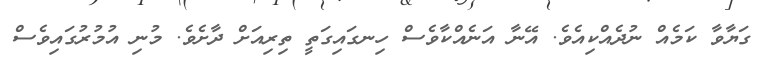
ގަޔާވާ ކަމެއް ނުދެއްކިއެވެ. އޭނާ އަނެއްކާވެސް ހިނގައިގަތީ ތިރިއަށް ދާށެވެ. މުނި އުމުރުގައިވެސް